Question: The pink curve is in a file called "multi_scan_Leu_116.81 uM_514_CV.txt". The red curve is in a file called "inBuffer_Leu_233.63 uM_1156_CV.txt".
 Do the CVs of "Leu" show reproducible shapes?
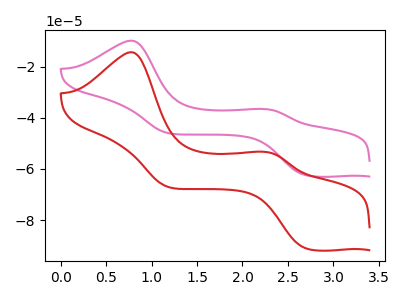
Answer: <think>The pink curve "Leu 116.81 uM" has anodic peaks at (0.75V, -9.85uA) (2.25V, -36.55uA) and cathodic peaks at (2.70V, -62.50uA) (1.20V, -46.00uA). The red curve "Leu 233.63 uM" has anodic peaks at (0.75V, -14.35uA) (2.25V, -53.30uA) and cathodic peaks at (2.70V, -91.10uA) (1.20V, -67.10uA).
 All the peaks in "Leu 116.81 uM" have a peak in "Leu 233.63 uM" at the same potential.</think>
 <answer>All the CV's of "Leu" have similar shape.</answer>
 <eval>follow_rule</eval>